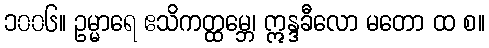
၁၀၀၆။ ဥမ္မာရေ ဧသိကတ္ထမ္ဘေ၊ ဣန္ဒခီလော မတော ထ စ။